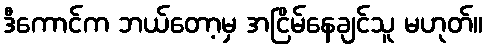
ဒီကောင်က ဘယ်တော့မှ အငြိမ်နေချင်သူ မဟုတ်။